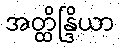
အတ္ထိန္ဒြိယာ